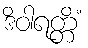
ဒိဝါရတ္တိံ